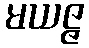
မယဇ္ဇ